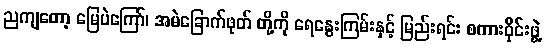
ညကျတော့ မြေပဲကြော်၊ အမဲခြောက်ဖုတ် တို့ကို ရေနွေးကြမ်းနှင့် မြည်းရင်း စကားဝိုင်းဖွဲ့